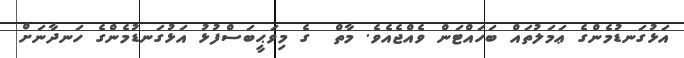
އަޅުގަނޑުމެންގެ ޢަމަލުތައް ބަހައްޓަން ވެއްޖެއެވެ. މާތް  ގެ މިވަޙީބަސްފުޅު އަޅުގަނޑުމެންގެ ހަނދާނަށް